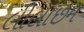
લીલાછમ